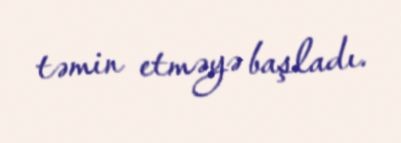
təmin etməyə başladı.